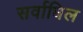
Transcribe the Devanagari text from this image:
सर्वाधिल